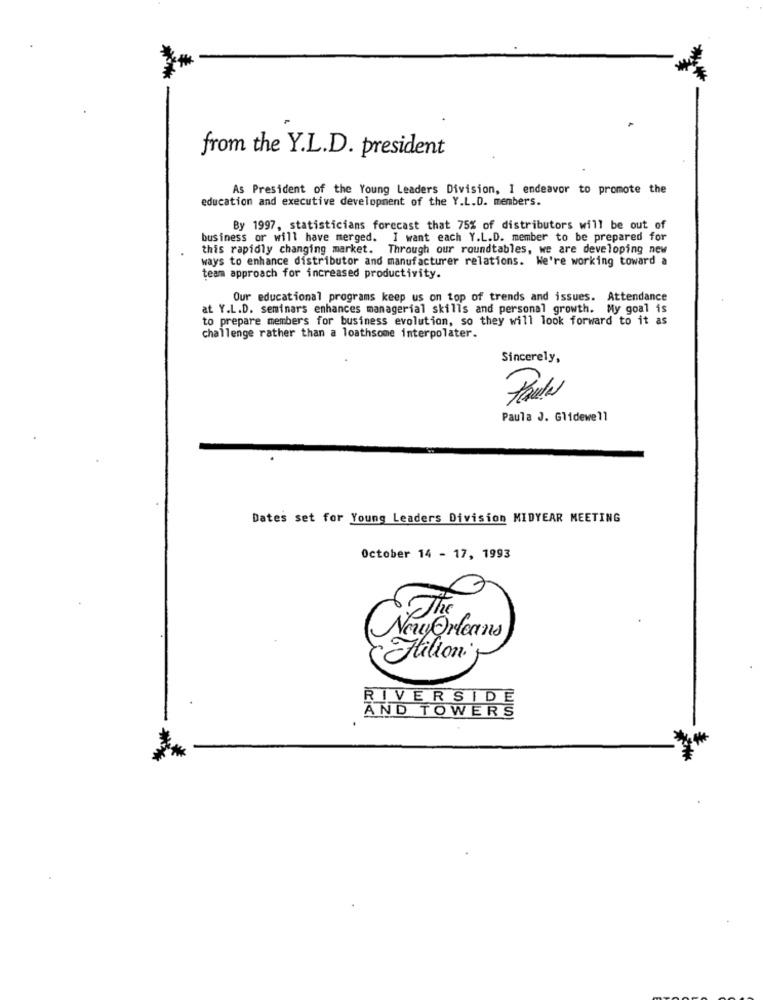
from the Y.L.D. president
As President of the Young Leaders Division, I endeavor to promote the
education and executive development of the Y.L.D. members.
By 1997, statisticians forecast that 75% of distributors will be out of
business or will have merged. I want each Y.L.D. member to be prepared for
this rapidly changing market. Through our roundtables, we are developing new
ways to enhance distributor and manufacturer relations. We're working toward a
team approach for increased productivity.
Our educational programs keep us on top of trends and issues. Attendance
at Y.L.D. seminars enhances managerial skills and personal growth. My goal is
to prepare members for business evolution, so they will look forward to it as
challenge rather than a loathsome interpolater.
Sincerely,
Paula J. Glidewell
Dates set for Young Leaders Division MIDYEAR MEETING
October 14 - 17, 1993
The
NewOrleans
Stilion
RIVERSIDE
AND TOWERS